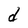
Character: d